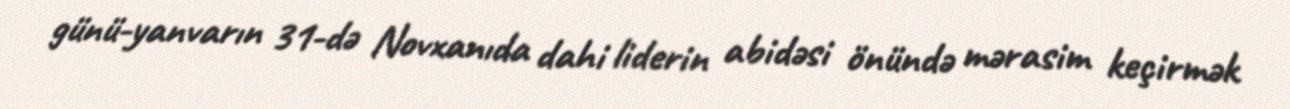
günü-yanvarın 31-də Novxanıda dahi liderin abidəsi önündə mərasim keçirmək